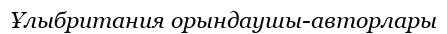
Ұлыбритания орындаушы-авторлары